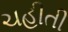
ચહીતી